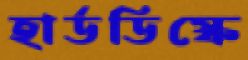
হার্ডডিস্কে